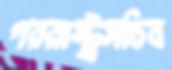
পররাষ্ট্রসচিব